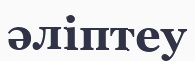
әліптеу